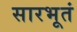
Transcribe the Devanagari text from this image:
सारभूतं